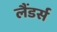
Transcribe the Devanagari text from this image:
लैंडर्स